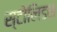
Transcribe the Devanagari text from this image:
स्टोलिडस